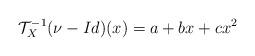
LaTeX: \begin{align*}\mathcal{T}_X^{-1}(\nu-Id)(x) = a+ bx + cx^2 \end{align*}